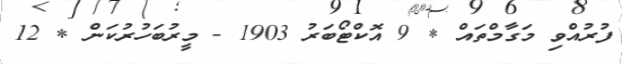
ފުރުއްވި މަގާމްތައް * 9 އޮކްޓޯބަރު 1903 - މީރުބަހުރުކަން * 12